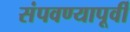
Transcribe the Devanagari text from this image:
संपवण्यापूर्वी